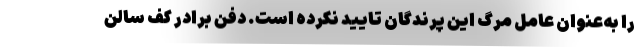
را به‌عنوان عامل مرگ این پرندگان تایید نکرده است. دفن برادر کف سالن